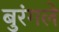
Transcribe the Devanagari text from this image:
बुरंगले